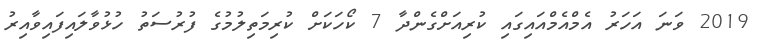
2019 ވަނަ އަހަރު އެމްއެމްއައިގައި ކުރިއަށްގެންދާ 7 ކޯހަކަށް ކުރިމަތިލުމުގެ ފުރުސަތު ހުޅުވާލައިފައިވާއިރު